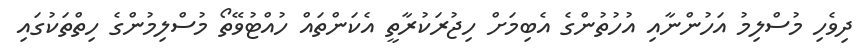
ދިވެހި މުސްލިމު އަހުންނާއި އުހުތުންގެ އެބިމަށް ހިޖުރަކުރާތީ އެކަންތައް ހުއްޓުވޭތޯ މުސްލިމުންގެ ހިތްތަކުގައި